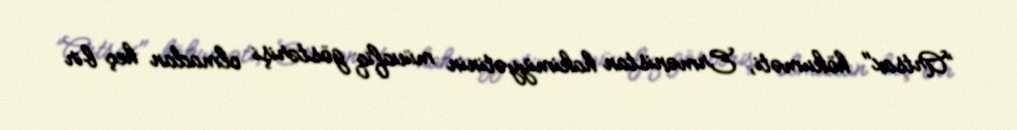
”Artsax" hökuməti, Ermənistan hakimiyyətinin müvafiq göstərişi olmadan heç bir